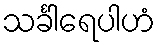
သင်္ခါရေပါဟံ